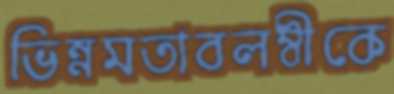
ভিন্নমতাবলম্বীকে